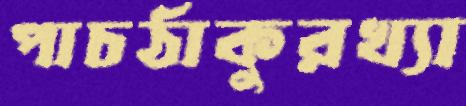
পাচঠাকুরখ্যা